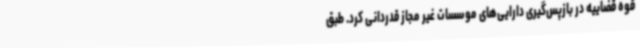
قوه قضاییه در بازپس‌گیری دارایی‌های موسسات غیر مجاز قدردانی کرد. طبق